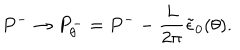
P ^ { - } \rightarrow P _ { \theta } ^ { - } = P ^ { - } - { \frac { L } { 2 \pi } } \tilde { \epsilon } _ { 0 } ( \theta ) .